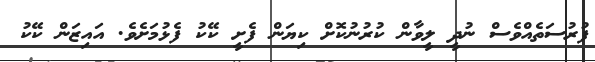
ފުރުސަތެއްވެސް ނުދީ ލީވާން ކުރުނުކޮށް ކިޔަން ފެށީ ކޭކު ފެޅުމަށެވެ. އައިޒަން ކޭކު